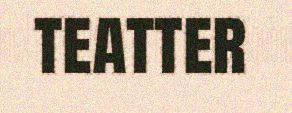
teatter